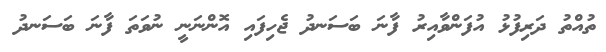
ތުއްތު ދަރިފުޅު އުފަންވާއިރު ފާނަ ބަސަނދު ޖެހިފައި އޮންނަނީ ނުވަތަ ފާނަ ބަސަނދު